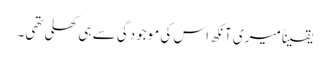
یقیناً میری آنکھ اس کی موجودگی سے ہی کھلی تھی۔